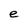
Character: e